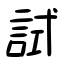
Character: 試